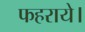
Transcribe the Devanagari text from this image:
फहराये।